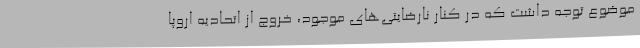
موضوع توجه داشت که در کنار نارضایتی‌های موجود، خروج از اتحادیه اروپا